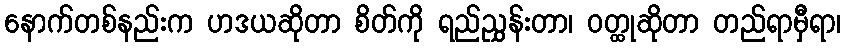
နောက်တစ်နည်းက ဟဒယဆိုတာ စိတ်ကို ရည်ညွှန်းတာ၊ ဝတ္ထုဆိုတာ တည်ရာမှီရာ၊